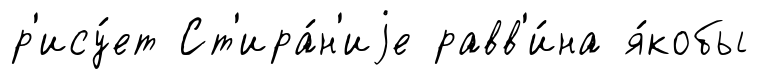
р'ису́ет Ст'ира́н'иjе равв'и́на я́кобы